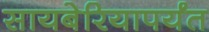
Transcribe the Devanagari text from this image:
सायबेरियापर्यंत